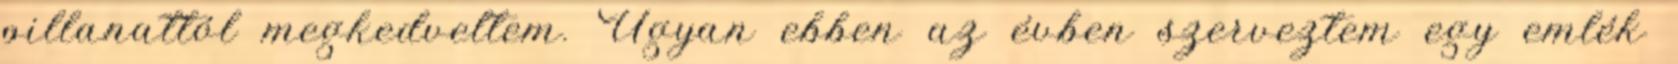
pillanattól megkedveltem. Ugyan ebben az évben szerveztem egy emlék